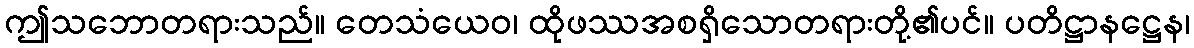
ဤသဘောတရားသည်။ တေသံယေဝ၊ ထိုဖဿအစရှိသောတရားတို့၏ပင်။ ပတိဋ္ဌာနဋ္ဌေန၊